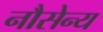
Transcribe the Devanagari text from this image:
नौसेन्य